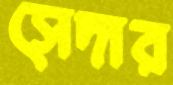
সেদার